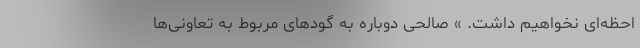
احظه‌ای نخواهیم داشت. » صالحی دوباره به گودهای مربوط به تعاونی‌ها